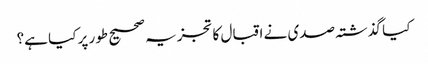
کیا گذشتہ صدی نے اقبال کا تجزیہ صحیح طور پر کیا ہے؟